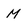
Character: M